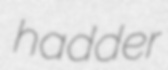
hadder